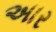
અાર